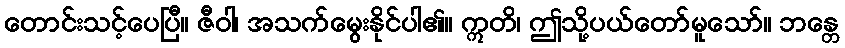
တောင်းသင့်ပေပြီ။ ဇီဝါ၊ အသက်မွေးနိုင်ပါ၏။ ဣတိ၊ ဤသို့ပယ်တော်မူသော်။ ဘန္တေ